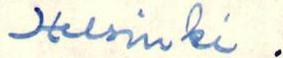
Helsinki.